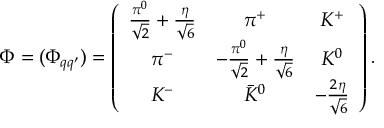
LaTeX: \Phi = ( { \Phi _ { q q ^ { \prime } } } ) = \left( \begin{array} { c c c } { { \frac { \pi ^ { 0 } } { \sqrt { 2 } } + \frac { \eta } { \sqrt { 6 } } } } & { { \pi ^ { + } } } & { { K ^ { + } } } \\ { { \pi ^ { - } } } & { { - \frac { \pi ^ { 0 } } { \sqrt { 2 } } + \frac { \eta } { \sqrt { 6 } } } } & { { K ^ { 0 } } } \\ { { K ^ { - } } } & { { \bar { K } ^ { 0 } } } & { { - \frac { 2 \eta } { \sqrt { 6 } } } } \end{array} \right) .